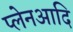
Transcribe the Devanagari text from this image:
प्लेनआदि